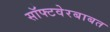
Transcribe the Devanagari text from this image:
सॉफ्टवेरबाबत